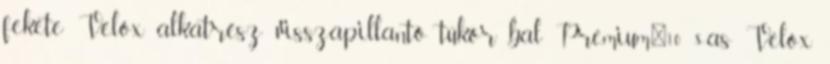
fekete Velox alkatrész visszapillantó tükör bal Premium'10 8-as Velox